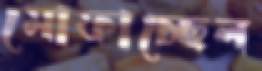
মোফাচ্ছেল